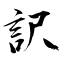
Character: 訳